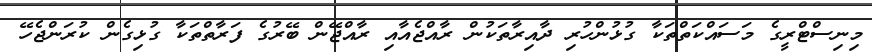
މިނިސްޓްރީގެ މަސައްކަތްތަކާ ގުޅުންހުރި ދާއިރާތަކުން ރާއްޖެއާއި ރާއްޖޭން ބޭރުގެ ފަރާތްތަކާ ގުޅިގެން ކުރަންޖެހޭ